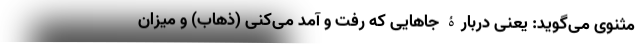
مثنوی می‌گوید: یعنی دربارۀ جاهایی که رفت و آمد می‌کنی (ذهاب) و میزان